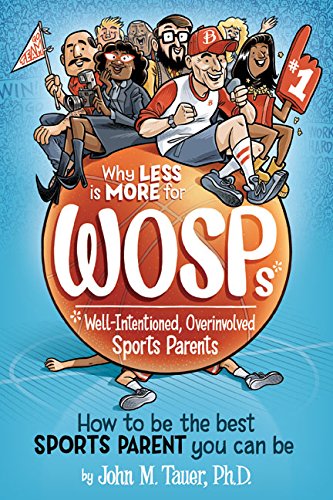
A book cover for Why Less Is More for WOSPs (Well-Intentioned, Overinvolved Sports Parents): How to Be the Best Sports Parent You Can Be; John M. Tauer Ph.D.; Sports & Outdoors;